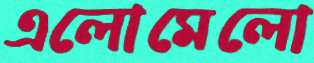
এলোমেলো